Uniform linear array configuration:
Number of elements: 32
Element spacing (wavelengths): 0.75
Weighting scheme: cosine
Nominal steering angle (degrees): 15
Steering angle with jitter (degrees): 13.143
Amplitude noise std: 0.05
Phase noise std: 0.05

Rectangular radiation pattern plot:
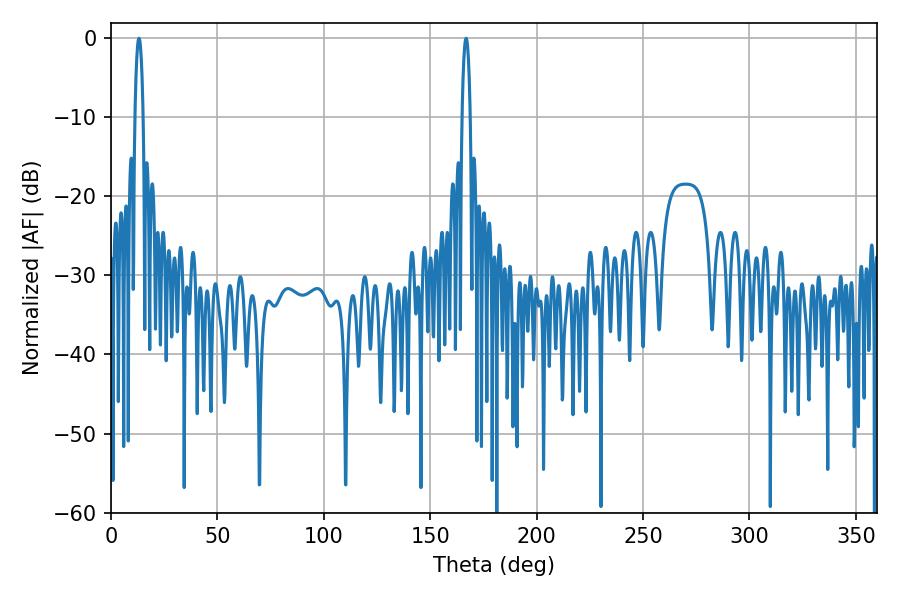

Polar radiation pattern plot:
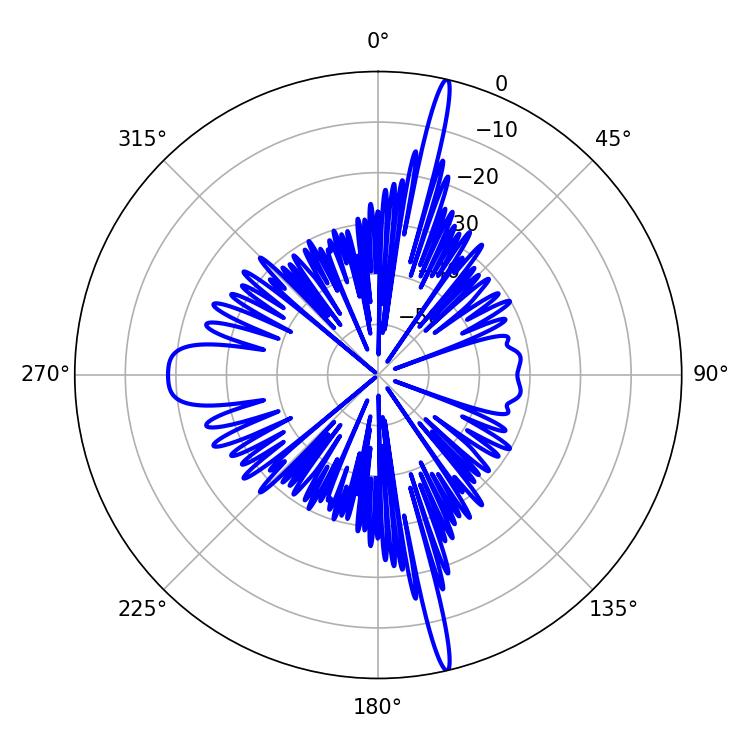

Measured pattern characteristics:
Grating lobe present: TRUE
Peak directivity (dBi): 21.28
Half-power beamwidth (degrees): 2.16
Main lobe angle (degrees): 13.14